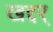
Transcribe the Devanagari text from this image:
खद्दर्